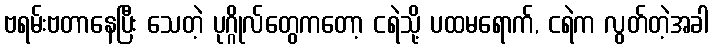
ဗရမ်းဗတာနေပြီး သေတဲ့ ပုဂ္ဂိုလ်တွေကတော့ ငရဲသို့ ပထမရောက်, ငရဲက လွတ်တဲ့အခါ